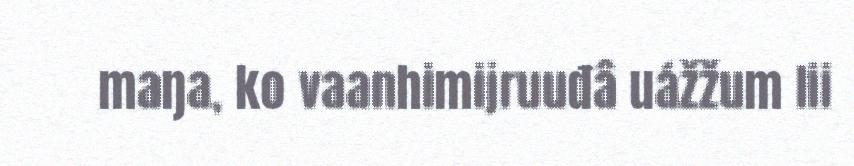
maŋa, ko vaanhimijruuđâ uážžum lii